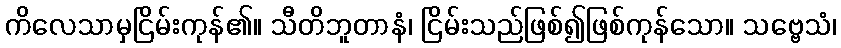
ကိလေသာမှငြိမ်းကုန်၏။ သီတိဘူတာနံ၊ ငြိမ်းသည်ဖြစ်၍ဖြစ်ကုန်သော။ သဗ္ဗေသံ၊